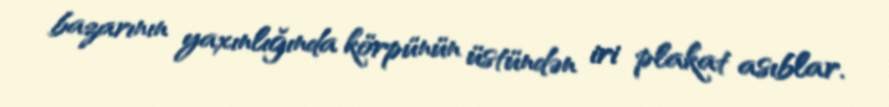
bazarının yaxınlığında körpünün üstündən iri plakat asıblar.